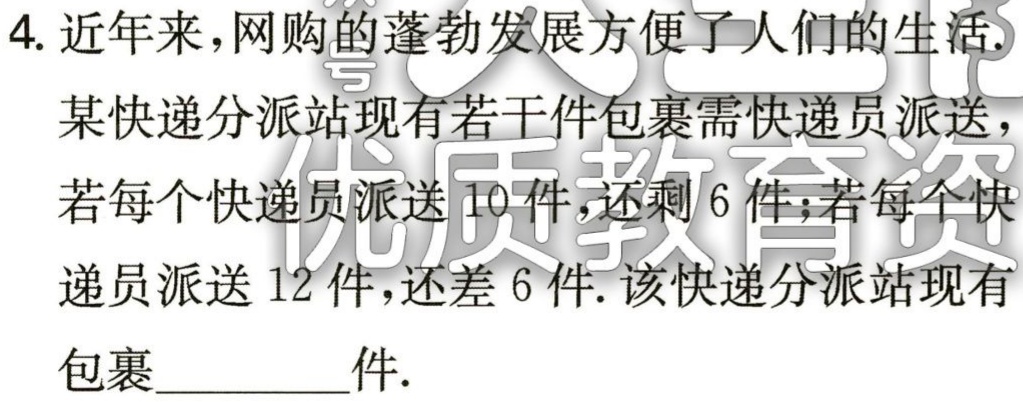
4. 近年来，网购的蓬勃发展方便了人们的生活. 某快递分派站现有若干件包裹需快递员派送，若每个快递员派送10件，还剩6件；若每个快递员派送12件，还差6件. 该快递分派站现有包裹________件.